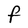
Character: F